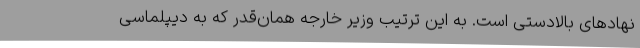
نهادهای بالادستی است. به این ترتیب وزیر خارجه همان‌قدر که به دیپلماسی